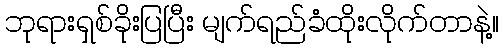
ဘုရားရှစ်ခိုးပြပြီး မျက်ရည်ခံထိုးလိုက်တာနဲ့။